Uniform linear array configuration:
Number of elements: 48
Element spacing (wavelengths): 0.25
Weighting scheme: cosine
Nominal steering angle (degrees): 0
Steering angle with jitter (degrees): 1.033
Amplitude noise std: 0.05
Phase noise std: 0.05

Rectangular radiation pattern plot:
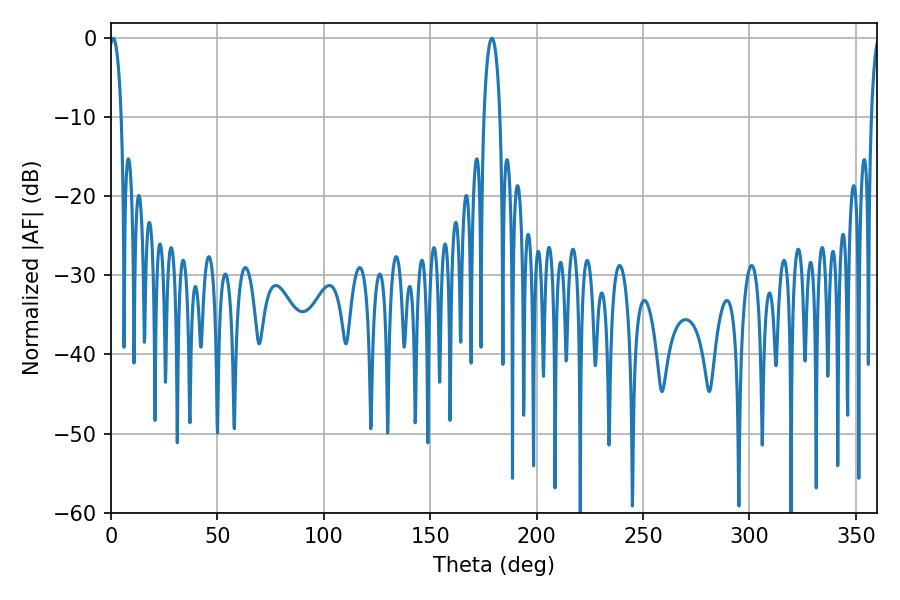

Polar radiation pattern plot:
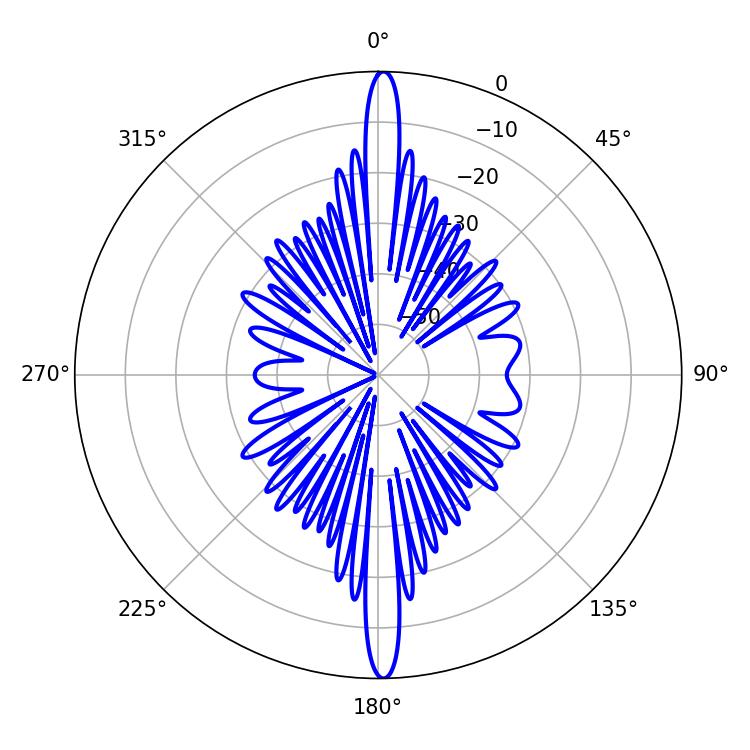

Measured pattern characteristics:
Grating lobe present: FALSE
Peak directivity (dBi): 27.966
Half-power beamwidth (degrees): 4.32
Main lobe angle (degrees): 178.92